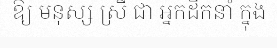
ឱ្យ មនុស្ស ស្រី ជា អ្នកដឹកនាំ ក្នុង